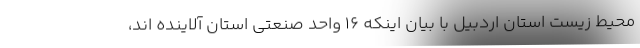
محیط زیست استان اردبیل با بیان اینکه 16 واحد صنعتی استان آلاینده اند،